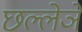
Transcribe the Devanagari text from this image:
छल्लेञे